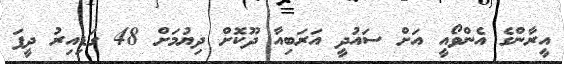
އީރާންގެ އެންވޯއީ އަށް ސައުދީ އަރަބިއާ ދޫކޮށް ދިޔުމަށް 48 ގަޑިއިރު ދީފަ